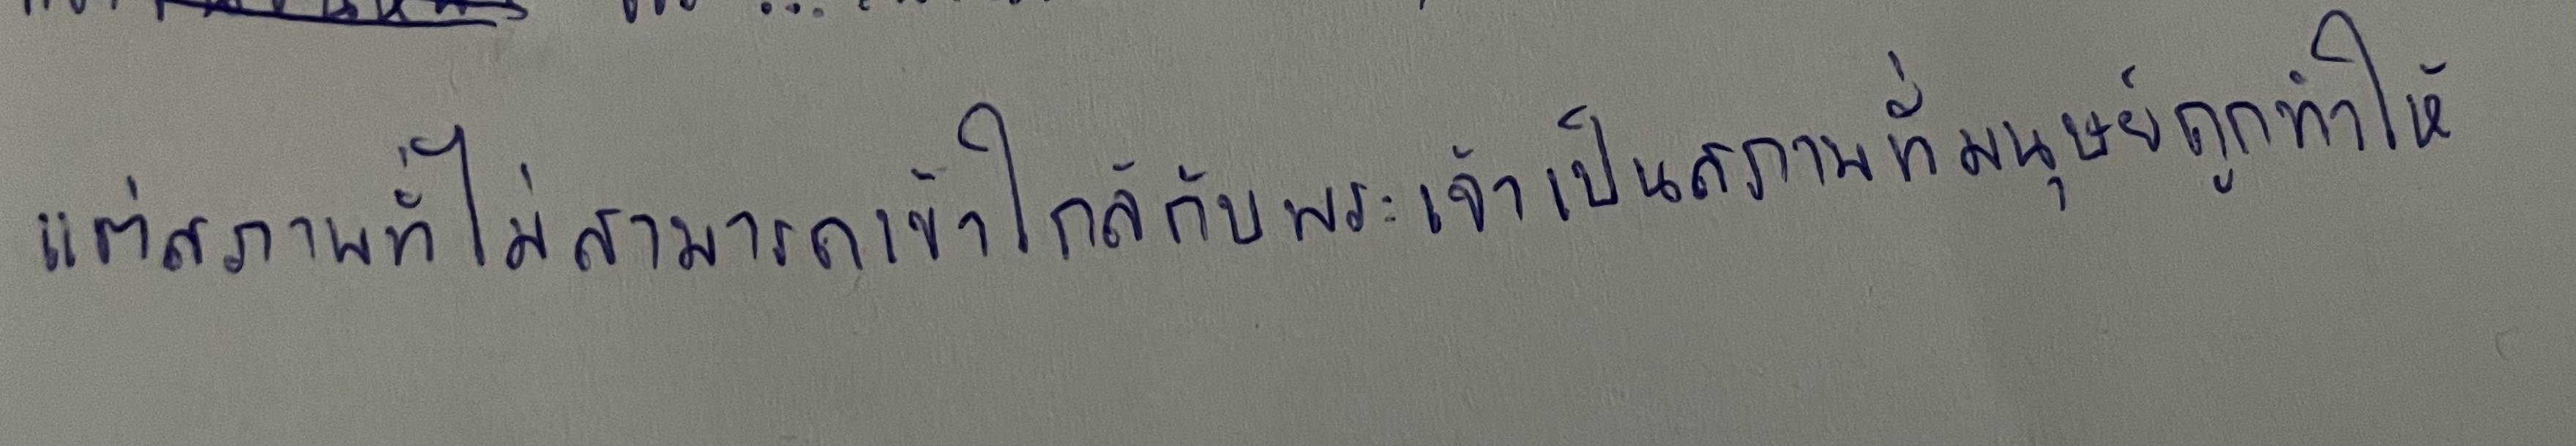
แต่สภาพที่ไม่สามารถเข้าใกล้กับพระเจ้าเป็นสภาพที่มนุษย์ถูกทำให้